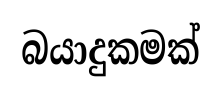
බයාදුකමක්